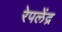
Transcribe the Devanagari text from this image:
रेपलेंद्र